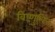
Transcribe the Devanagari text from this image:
विष्णुचित्त